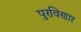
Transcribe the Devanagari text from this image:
पुरविणार